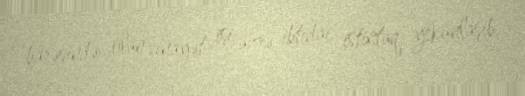
barəsində olan cinayət işi üzrə ibtidai istintaq yekunlaşıb.